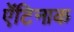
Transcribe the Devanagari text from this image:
ऐंटिनाक